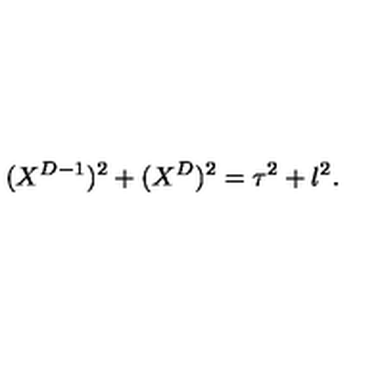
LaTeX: ( X ^ { D - 1 } ) ^ { 2 } + ( X ^ { D } ) ^ { 2 } = \tau ^ { 2 } + l ^ { 2 } .